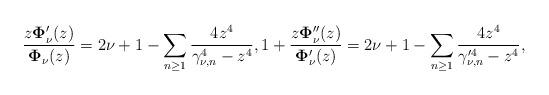
LaTeX: \begin{align*}\frac{z\mathbf{\Phi }_{{\nu }}^{\prime }(z)}{\mathbf{\Phi }_{{\nu }}(z)}=2{\nu +1}-\sum_{n\geq1}\frac{4z^{4}}{\gamma _{{\nu },n}^{4}-z^{4}},1+\frac{z\mathbf{\Phi }_{{\nu }}^{\prime \prime }(z)}{\mathbf{\Phi }_{{\nu }}^{\prime }(z)}=2{\nu +1}-\sum_{n\geq1}\frac{4z^{4}}{\gamma _{{\nu },n}^{\prime 4}-z^{4}}, \end{align*}